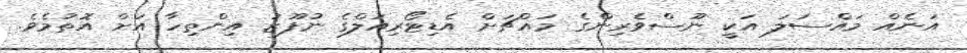
އަނެއް މައްސަލަ އަކީ ނޫސްވެރިންގެ މައްޗަށް އެޑިޓޯރިއަލްގެ ނުފޫޒު އިންތިހާ އަށް އޮތުމެވެ.